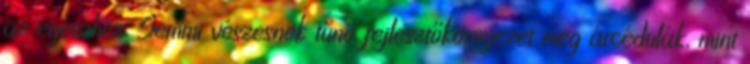
az egészhez. Semmi vészesnek tűnő fejlesztőkörnyezet meg árcédulák, mint